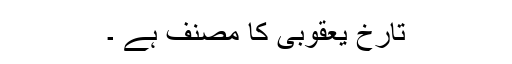
تارخ یعقوبی کا مصنف ہے ۔